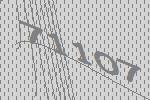
71107